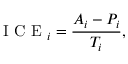
\mathrm { ~ I ~ C ~ E ~ } _ { i } = \frac { A _ { i } - P _ { i } } { T _ { i } } ,